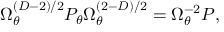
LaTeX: \Omega _ { \theta } ^ { ( D - 2 ) / 2 } { P _ { \theta } } \Omega _ { \theta } ^ { ( 2 - D ) / 2 } = \Omega _ { \theta } ^ { - 2 } P ,